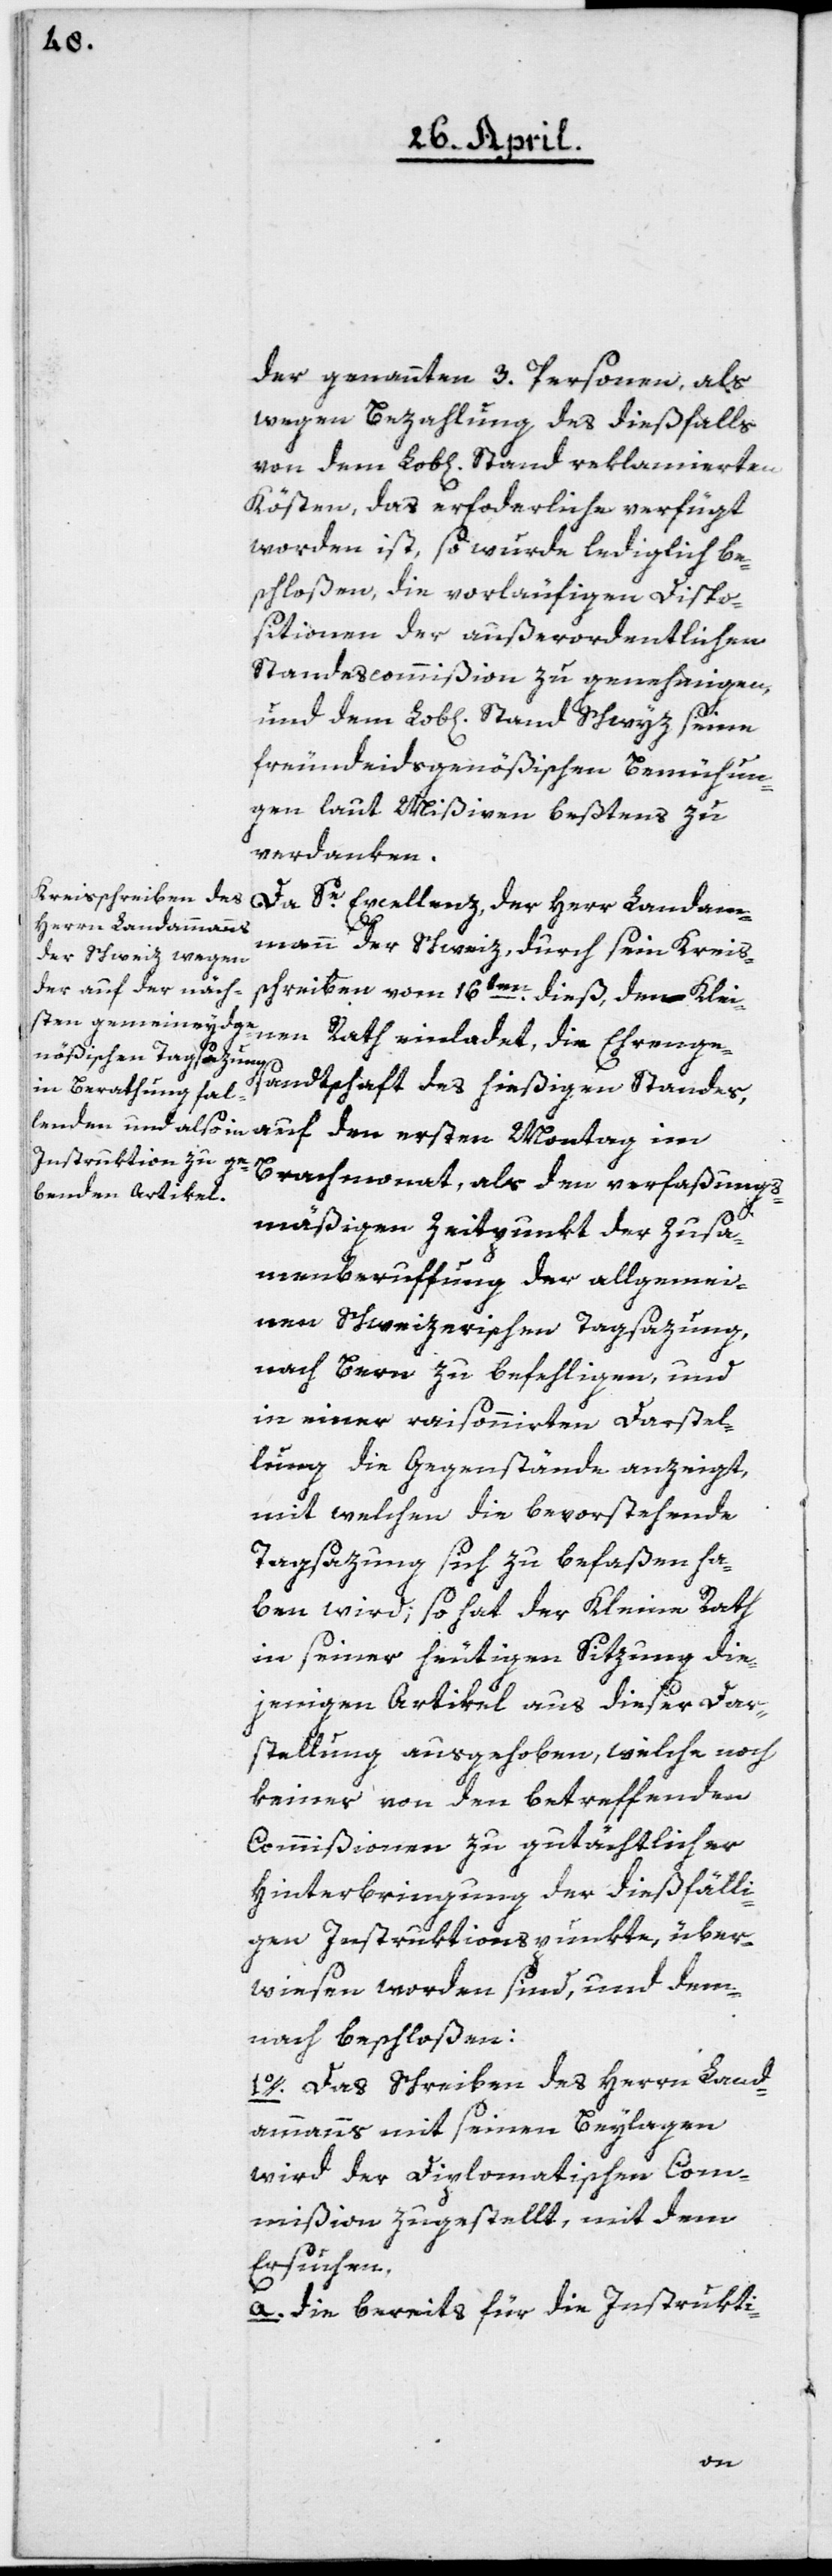
der genannten 3. Personen, als
wegen Bezahlung des dießfalls
von dem Lob[lichen] Stand reklamierten
Kösten, das erforderliche verfügt
worden ist, so wurde lediglich be¬
schloßen, die vorläufigen Dispo¬
sitionen der außerordentlichen
Standescommißion zu genehmigen,
freundeidsgenößischen Bemühun¬
gen laut Mißiven beßtens zu
verdanken.
Da Se. Excellenz, der Herr Landam¬
mann der Schweiz, durch sein Kreis¬
schreiben vom 16ten dieß, den Klei¬
sandtschaft des hießigen Standes,
Brachmonat, als den verfaßungs¬
mäßigen Zeitpunkt der Zusam¬
menberuffung der allgemei¬
nen Schweizerischen Tagsazung,
nach Bern zu befehligen, und
in einer raisonnirten Darstel¬
lung die Gegenstände anzeigt,
mit welchen die bevorstehende
Tagsazung sich zu befaßen ha¬
ben wird; so hat der Kleine Rath
in seiner heutigen Sitzung die¬
jenigen Artikel aus dieser Dar¬
stellung ausgehoben, welche noch
keiner von den betreffenden
Commißionen zu gutächtlicher
Hinterbringung der dießfälli¬
gen Instruktionspunkte, über¬
wiesen worden sind, und dem¬
nach beschloßen:
1o. Das Schreiben des Herrn Land¬
ammanns mit seinen Beylagen
wird der diplomatischen Com¬
mißion zugestellt, mit dem
Ersuchen,
a. die bereits für die Instrukti-
den